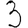
Digit: 3